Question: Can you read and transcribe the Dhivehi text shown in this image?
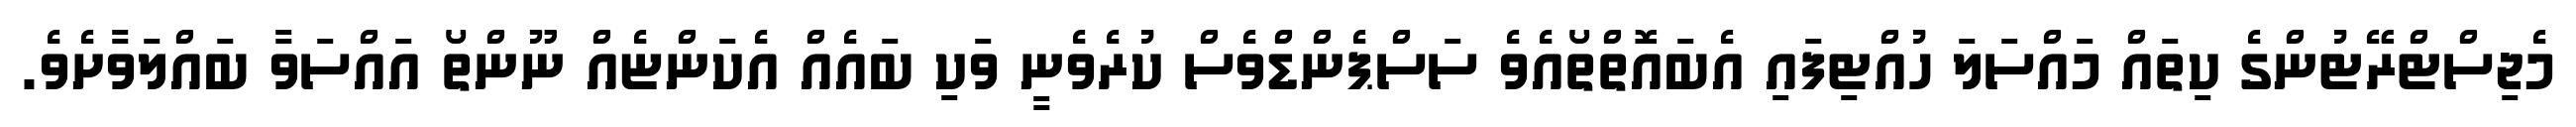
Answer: މެޖިސްޓްރޭޓުންގެ ކިތައް މައްސަލަ ހުއްޓިފައި އެބައޮތްތޯއެވެ ސަސްޕެންޑްވެސް ކުރެވެނީ ވަކި ބައެއް އެކަންޏެއް ނޫންތޯ އައްސަވާ ބައްލަވާށެވެ.